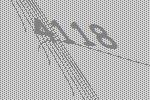
4118